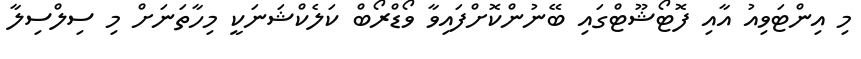
މި އިންޓަވިއު އާއި ފޮޓޯޝޫޓްގައި ބޭނުންކޮށްފައިވާ ވޯޑްރޯބް ކަލެކްޝަނަކީ މިހާތަނަށް މި ސިލްސިލާ